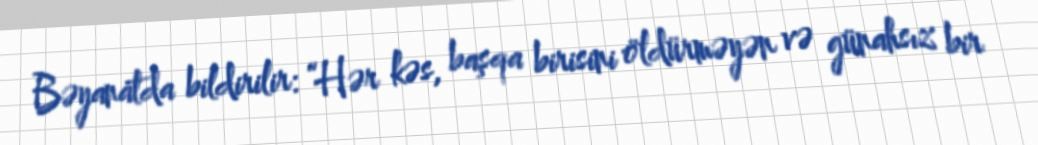
Bəyanatda bildirilir: “Hər kəs, başqa birisini öldürməyən və günahsız bir